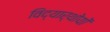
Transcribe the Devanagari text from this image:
विद्यार्थोयों